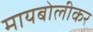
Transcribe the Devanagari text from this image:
मायबोलीकर